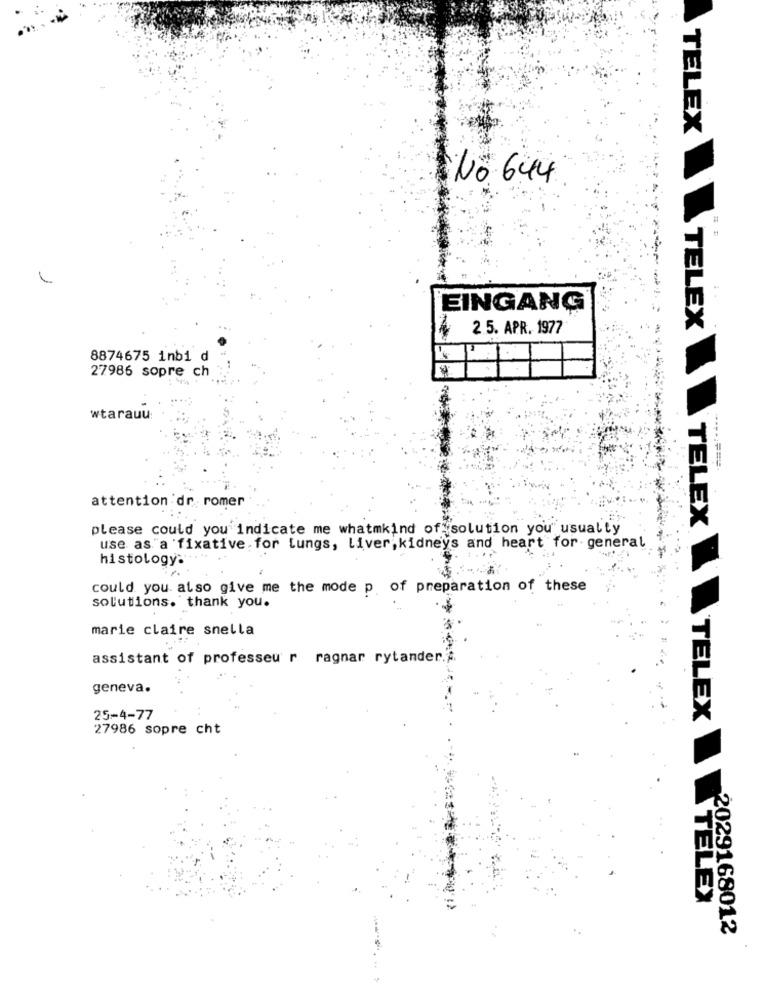
TELEX
No 644
EINGANG
2.5. APR. 1977
TELEX
8874675 inbi d
27986 sopre ch
wtarauu
.....;===
attention dr. romer
please could you indicate me whatmkind of solution you usually
TELEX
use as "a fixative. for Lungs, Liver, kidneys and heart for- general
histology:
could you. also give me the mode p of preparation of these
solutions. thank you.
marie claire snella
assistant of professeur ragnar rytander.
geneva.
25-4-77
TELEX
27986 sopre cht
TELEX
2029168012
... .